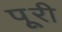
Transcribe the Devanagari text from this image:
पूूरी